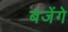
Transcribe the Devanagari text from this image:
बजेंगे